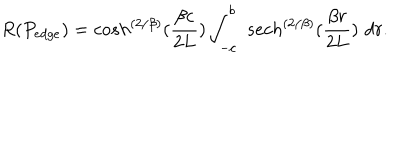
R ( P _ { e d g e } ) = c o s h ^ { \left( { 2 / \beta } \right) } ( { \frac { \beta c } { 2 L } } ) \int _ { - c } ^ { b } \, \, s e c h ^ { \left( { 2 / \beta } \right) } ( { \frac { \beta r } { 2 L } } ) \, \, d r .